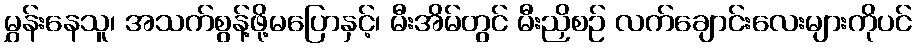
မွှန်းနေသူ၊ အသက်စွန့်ဖို့မပြောနှင့်၊ မီးအိမ်တွင် မီးညှိစဉ် လက်ချောင်းလေးများကိုပင်